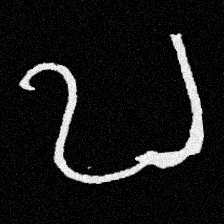
Pyu character \u2014 Myanmar letter: ဎ (romanized: ddha)